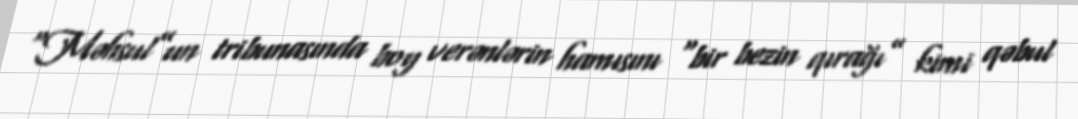
“Məhsul”un tribunasında boy verənlərin hamısını “bir bezin qırağı” kimi qəbul